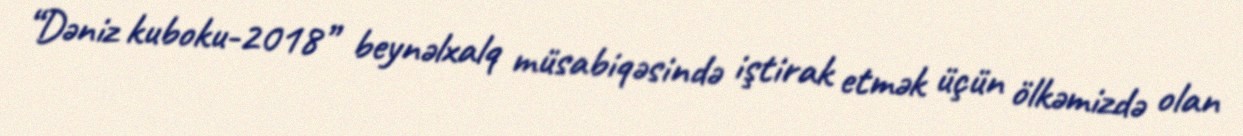
“Dəniz kuboku-2018” beynəlxalq müsabiqəsində iştirak etmək üçün ölkəmizdə olan